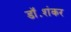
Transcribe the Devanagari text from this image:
डॉ॰शंकर